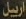
اربیل